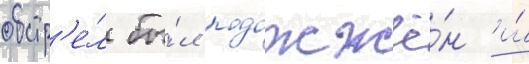
обстр'е́л бы́л подожжё́н и́